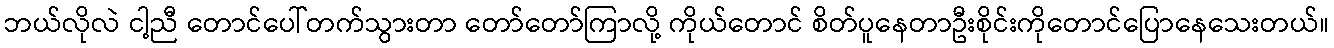
ဘယ်လိုလဲ ငါ့ညီ တောင်ပေါ်တက်သွားတာ တော်တော်ကြာလို့ ကိုယ်တောင် စိတ်ပူနေတာဦးစိုင်းကိုတောင်ပြောနေသေးတယ်။